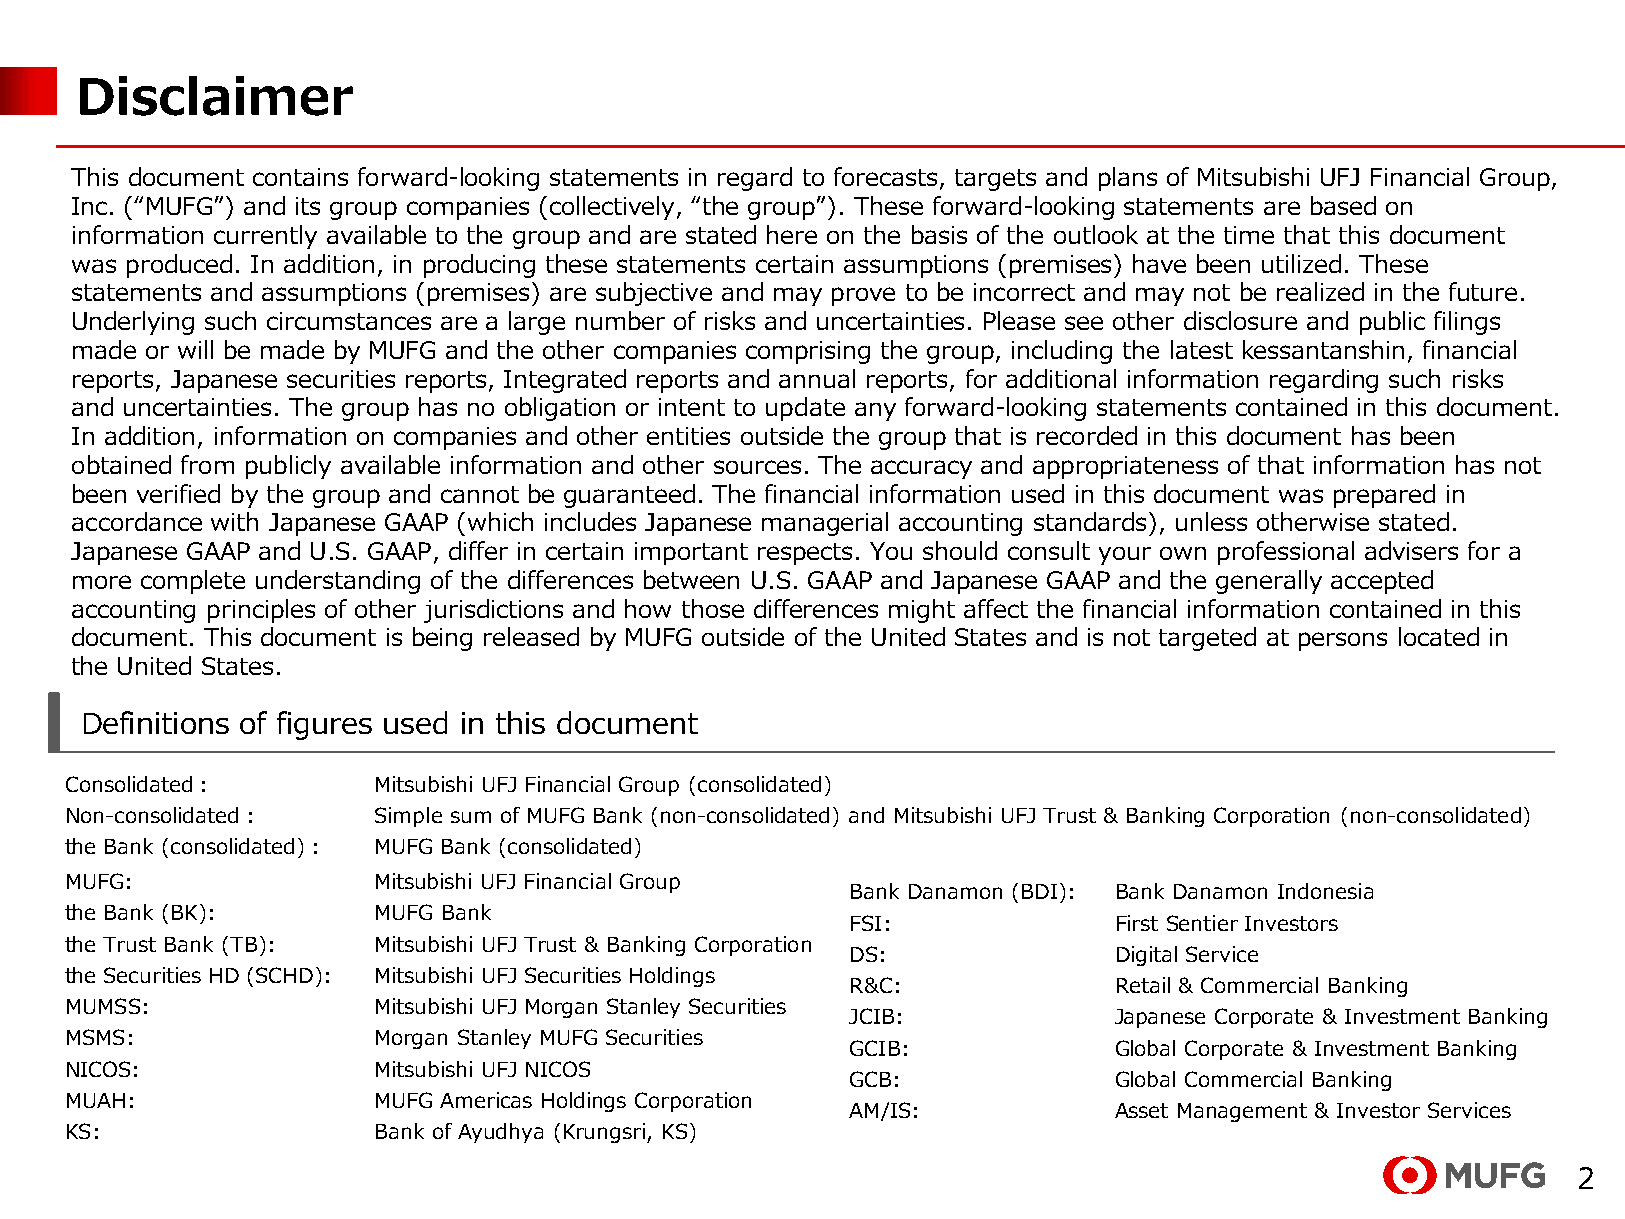
Disclaimer
 This document contains forward-looking statements in regard to forecasts, targets and plans of Mitsubishi UFJ Financial Group,
 Inc. (“MUFG”) and its group companies (collectively, “the group”). These forward-looking statements are based on
 information currently available to the group and are stated here on the basis of the outlook at the time that this document
 was produced. In addition, in producing these statements certain assumptions (premises) have been utilized. These
 statements and assumptions (premises) are subjective and may prove to be incorrect and may not be realized in the future.
 Underlying such circumstances are a large number of risks and uncertainties. Please see other disclosure and public filings
 made or will be made by MUFG and the other companies comprising the group, including the latest kessantanshin, financial
 reports, Japanese securities reports, Integrated reports and annual reports, for additional information regarding such risks
 and uncertainties. The group has no obligation or intent to update any forward-looking statements contained in this document.
 In addition, information on companies and other entities outside the group that is recorded in this document has been
 obtained from publicly available information and other sources. The accuracy and appropriateness of that information has not
 been verified by the group and cannot be guaranteed. The financial information used in this document was prepared in
 accordance with Japanese GAAP (which includes Japanese managerial accounting standards), unless otherwise stated.
 Japanese GAAP and U.S. GAAP, differ in certain important respects. You should consult your own professional advisers for a
 more complete understanding of the differences between U.S. GAAP and Japanese GAAP and the generally accepted
 accounting principles of other jurisdictions and how those differences might affect the financial information contained in this
 document. This document is being released by MUFG outside of the United States and is not targeted at persons located in
 the United States.
 Definitions of figures used in this document
 Consolidated：        Mitsubishi UFJ Financial Group (consolidated)
 Non-consolidated：    Simple sum of MUFG Bank (non-consolidated) and Mitsubishi UFJ Trust & Banking Corporation (non-consolidated)
 the Bank (consolidated)： MUFG Bank (consolidated)
 MUFG:                Mitsubishi UFJ Financial Group
 Bank Danamon (BDI): Bank Danamon Indonesia
 the Bank (BK):       MUFG Bank
 FSI:              First Sentier Investors
 the Trust Bank (TB): Mitsubishi UFJ Trust & Banking Corporation
 DS:               Digital Service
 the Securities HD (SCHD): Mitsubishi UFJ Securities Holdings
 R&C:              Retail & Commercial Banking
 MUMSS:               Mitsubishi UFJ Morgan Stanley Securities
 JCIB:             Japanese Corporate & Investment Banking
 MSMS:                Morgan Stanley MUFG Securities
 GCIB:             Global Corporate & Investment Banking
 NICOS:               Mitsubishi UFJ NICOS
 GCB:              Global Commercial Banking
 MUAH:                MUFG Americas Holdings Corporation
 AM/IS:            Asset Management & Investor Services
 KS:                  Bank of Ayudhya (Krungsri, KS)
 2